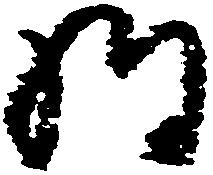
経